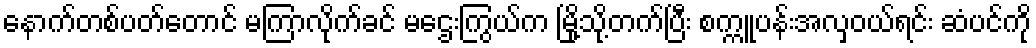
နောက်တစ်ပတ်တောင် မကြာလိုက်ခင် မဌေးကြွယ်က မြို့သို့တက်ပြီး စက္ကူပန်းအလှဝယ်ရင်း ဆံပင်ကို